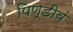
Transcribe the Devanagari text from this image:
पिण्डीवं